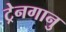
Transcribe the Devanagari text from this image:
ट्रेनगानु